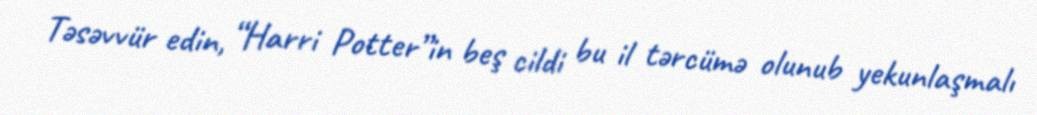
Təsəvvür edin, “Harri Potter”in beş cildi bu il tərcümə olunub yekunlaşmalı